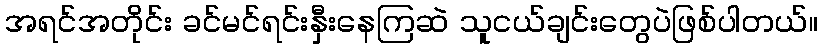
အရင်အတိုင်း ခင်မင်ရင်းနှီးနေကြဆဲ သူငယ်ချင်းတွေပဲဖြစ်ပါတယ်။